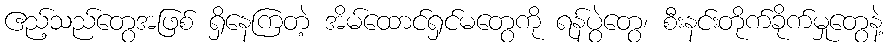
ဧည့်သည်တွေအဖြစ် ရှိနေကြတဲ့ အိမ်ထောင်ရှင်မတွေကို ရန်ပွဲတွေ၊ စီးနင်းတိုက်ခိုက်မှုတွေနဲ့